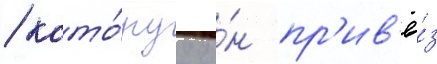
/ кото́руу о́н пр'ив'ё́з